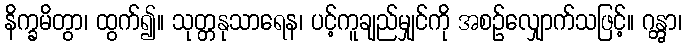
နိက္ခမိတွာ၊ ထွက်၍။ သုတ္တနုသာရေန၊ ပင့်ကူချည်မျှင်ကို အစဉ်လျှောက်သဖြင့်။ ဂန္တွာ၊